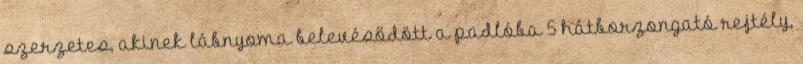
szerzetes, akinek lábnyoma belevésődött a padlóba 5 hátborzongató rejtély,